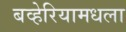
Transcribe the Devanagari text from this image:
बव्हेरियामधला